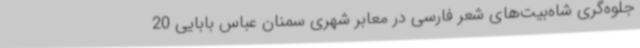
جلوه‌گری شاه‌بیت‌های شعر فارسی در معابر شهری سمنان عباس بابایی 20